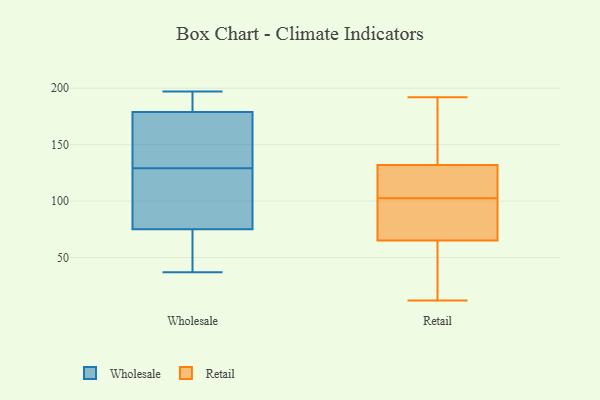
{"axis": {"x": "Demand Index", "y": "Value"}, "legend": ["Retail", "Wholesale"], "data": [{"x": "", "y": 179, "type": "Wholesale"}, {"x": "", "y": 190, "type": "Wholesale"}, {"x": "", "y": 89, "type": "Wholesale"}, {"x": "", "y": 136, "type": "Wholesale"}, {"x": "", "y": 197, "type": "Wholesale"}, {"x": "", "y": 176, "type": "Wholesale"}, {"x": "", "y": 78, "type": "Wholesale"}, {"x": "", "y": 37, "type": "Wholesale"}, {"x": "", "y": 126, "type": "Wholesale"}, {"x": "", "y": 40, "type": "Wholesale"}, {"x": "", "y": 187, "type": "Wholesale"}, {"x": "", "y": 132, "type": "Wholesale"}, {"x": "", "y": 73, "type": "Wholesale"}, {"x": "", "y": 75, "type": "Wholesale"}, {"x": "", "y": 14, "type": "Retail"}, {"x": "", "y": 121, "type": "Retail"}, {"x": "", "y": 65, "type": "Retail"}, {"x": "", "y": 121, "type": "Retail"}, {"x": "", "y": 12, "type": "Retail"}, {"x": "", "y": 82, "type": "Retail"}, {"x": "", "y": 153, "type": "Retail"}, {"x": "", "y": 72, "type": "Retail"}, {"x": "", "y": 192, "type": "Retail"}, {"x": "", "y": 132, "type": "Retail"}, {"x": "", "y": 114, "type": "Retail"}, {"x": "", "y": 184, "type": "Retail"}, {"x": "", "y": 40, "type": "Retail"}, {"x": "", "y": 91, "type": "Retail"}]}